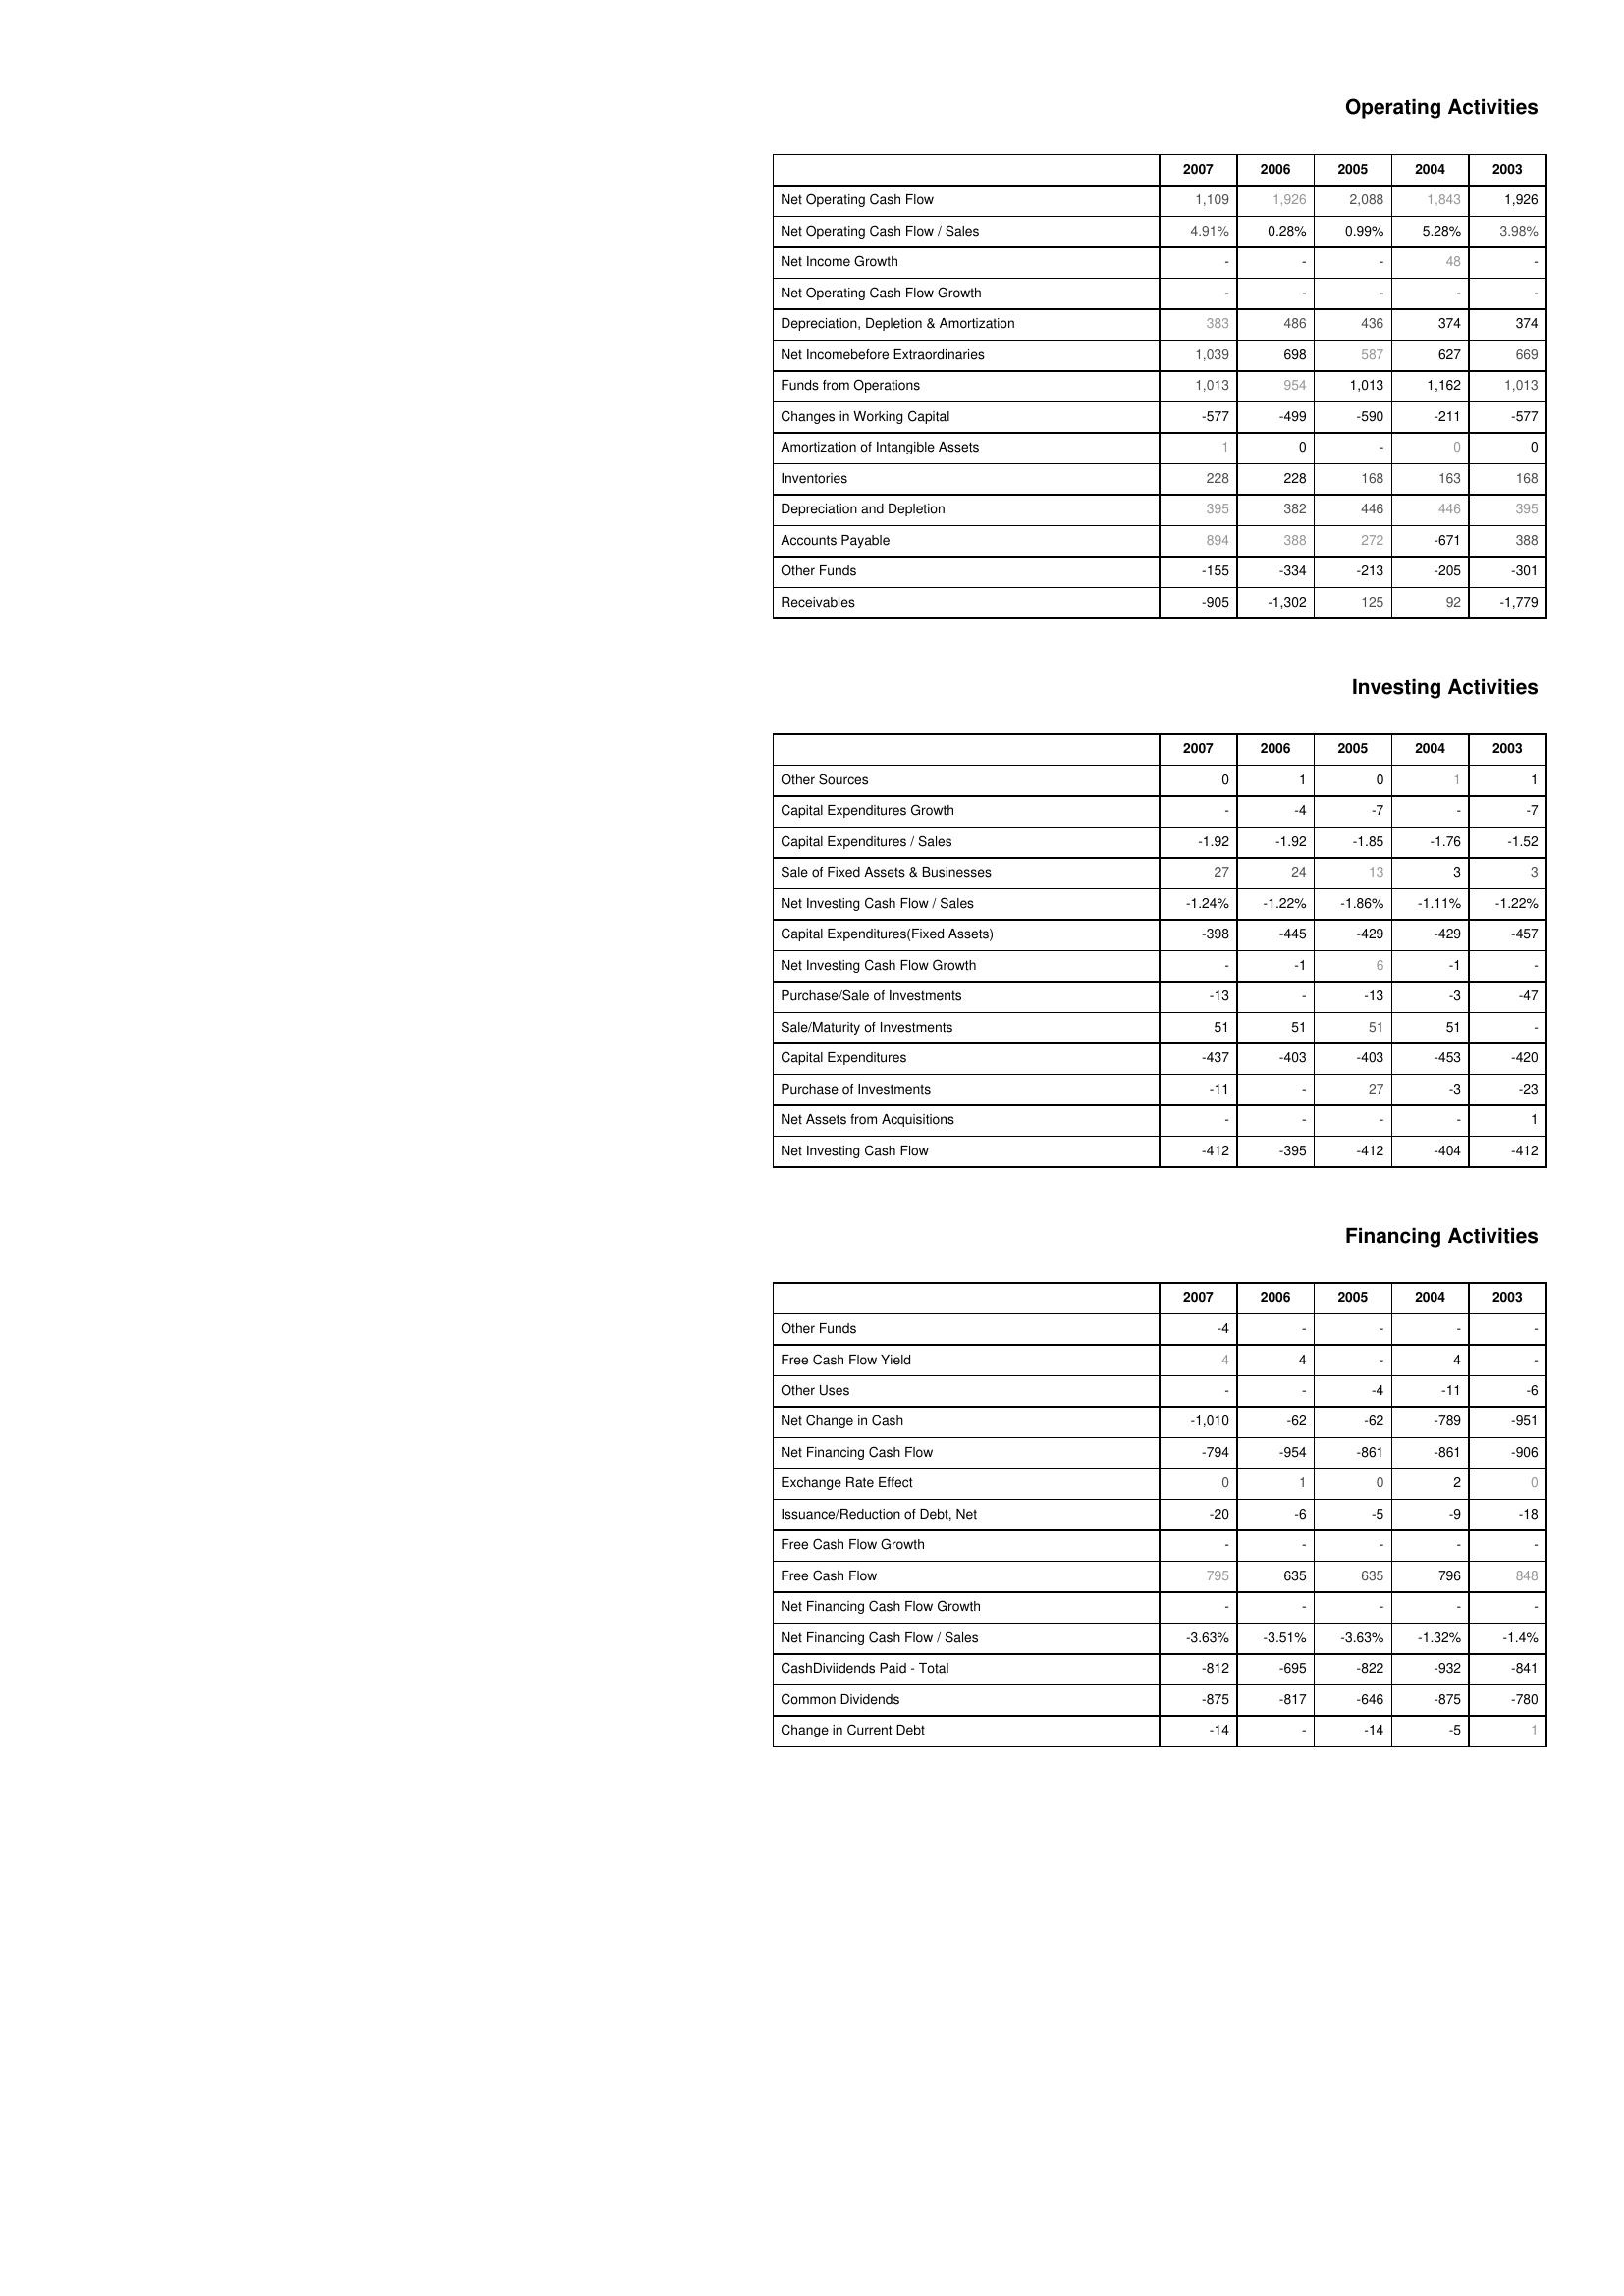
2007: Operating Activities: Net Operating Cash Flow: 1,109
Net Operating Cash Flow / Sales: 4.91%
Net Income Growth: -
Net Operating Cash Flow Growth: -
Depreciation, Depletion & Amortization: 383
Net Incomebefore Extraordinaries: 1,039
Funds from Operations: 1,013
Changes in Working Capital: -577
Amortization of Intangible Assets: 1
Inventories: 228
Depreciation and Depletion: 395
Accounts Payable: 894
Other Funds: -155
Receivables: -905
Investing Activities: Other Sources: 0
Capital Expenditures Growth: -
Capital Expenditures / Sales: -1.92
Sale of Fixed Assets & Businesses: 27
Net Investing Cash Flow / Sales: -1.24%
Capital Expenditures(Fixed Assets): -398
Net Investing Cash Flow Growth: -
Purchase/Sale of Investments: -13
Sale/Maturity of Investments: 51
Capital Expenditures: -437
Purchase of Investments: -11
Net Assets from Acquisitions: -
Net Investing Cash Flow: -412
Financing Activities: Other Funds: -4
Free Cash Flow Yield: 4
Other Uses: -
Net Change in Cash: -1,010
Net Financing Cash Flow: -794
Exchange Rate Effect: 0
Issuance/Reduction of Debt, Net: -20
Free Cash Flow Growth: -
Free Cash Flow: 795
Net Financing Cash Flow Growth: -
Net Financing Cash Flow / Sales: -3.63%
CashDiviidends Paid - Total: -812
Common Dividends: -875
Change in Current Debt: -14
2006: Operating Activities: Net Operating Cash Flow: 1,926
Net Operating Cash Flow / Sales: 0.28%
Net Income Growth: -
Net Operating Cash Flow Growth: -
Depreciation, Depletion & Amortization: 486
Net Incomebefore Extraordinaries: 698
Funds from Operations: 954
Changes in Working Capital: -499
Amortization of Intangible Assets: 0
Inventories: 228
Depreciation and Depletion: 382
Accounts Payable: 388
Other Funds: -334
Receivables: -1,302
Investing Activities: Other Sources: 1
Capital Expenditures Growth: -4
Capital Expenditures / Sales: -1.92
Sale of Fixed Assets & Businesses: 24
Net Investing Cash Flow / Sales: -1.22%
Capital Expenditures(Fixed Assets): -445
Net Investing Cash Flow Growth: -1
Purchase/Sale of Investments: -
Sale/Maturity of Investments: 51
Capital Expenditures: -403
Purchase of Investments: -
Net Assets from Acquisitions: -
Net Investing Cash Flow: -395
Financing Activities: Other Funds: -
Free Cash Flow Yield: 4
Other Uses: -
Net Change in Cash: -62
Net Financing Cash Flow: -954
Exchange Rate Effect: 1
Issuance/Reduction of Debt, Net: -6
Free Cash Flow Growth: -
Free Cash Flow: 635
Net Financing Cash Flow Growth: -
Net Financing Cash Flow / Sales: -3.51%
CashDiviidends Paid - Total: -695
Common Dividends: -817
Change in Current Debt: -
2005: Operating Activities: Net Operating Cash Flow: 2,088
Net Operating Cash Flow / Sales: 0.99%
Net Income Growth: -
Net Operating Cash Flow Growth: -
Depreciation, Depletion & Amortization: 436
Net Incomebefore Extraordinaries: 587
Funds from Operations: 1,013
Changes in Working Capital: -590
Amortization of Intangible Assets: -
Inventories: 168
Depreciation and Depletion: 446
Accounts Payable: 272
Other Funds: -213
Receivables: 125
Investing Activities: Other Sources: 0
Capital Expenditures Growth: -7
Capital Expenditures / Sales: -1.85
Sale of Fixed Assets & Businesses: 13
Net Investing Cash Flow / Sales: -1.86%
Capital Expenditures(Fixed Assets): -429
Net Investing Cash Flow Growth: 6
Purchase/Sale of Investments: -13
Sale/Maturity of Investments: 51
Capital Expenditures: -403
Purchase of Investments: 27
Net Assets from Acquisitions: -
Net Investing Cash Flow: -412
Financing Activities: Other Funds: -
Free Cash Flow Yield: -
Other Uses: -4
Net Change in Cash: -62
Net Financing Cash Flow: -861
Exchange Rate Effect: 0
Issuance/Reduction of Debt, Net: -5
Free Cash Flow Growth: -
Free Cash Flow: 635
Net Financing Cash Flow Growth: -
Net Financing Cash Flow / Sales: -3.63%
CashDiviidends Paid - Total: -822
Common Dividends: -646
Change in Current Debt: -14
2004: Operating Activities: Net Operating Cash Flow: 1,843
Net Operating Cash Flow / Sales: 5.28%
Net Income Growth: 48
Net Operating Cash Flow Growth: -
Depreciation, Depletion & Amortization: 374
Net Incomebefore Extraordinaries: 627
Funds from Operations: 1,162
Changes in Working Capital: -211
Amortization of Intangible Assets: 0
Inventories: 163
Depreciation and Depletion: 446
Accounts Payable: -671
Other Funds: -205
Receivables: 92
Investing Activities: Other Sources: 1
Capital Expenditures Growth: -
Capital Expenditures / Sales: -1.76
Sale of Fixed Assets & Businesses: 3
Net Investing Cash Flow / Sales: -1.11%
Capital Expenditures(Fixed Assets): -429
Net Investing Cash Flow Growth: -1
Purchase/Sale of Investments: -3
Sale/Maturity of Investments: 51
Capital Expenditures: -453
Purchase of Investments: -3
Net Assets from Acquisitions: -
Net Investing Cash Flow: -404
Financing Activities: Other Funds: -
Free Cash Flow Yield: 4
Other Uses: -11
Net Change in Cash: -789
Net Financing Cash Flow: -861
Exchange Rate Effect: 2
Issuance/Reduction of Debt, Net: -9
Free Cash Flow Growth: -
Free Cash Flow: 796
Net Financing Cash Flow Growth: -
Net Financing Cash Flow / Sales: -1.32%
CashDiviidends Paid - Total: -932
Common Dividends: -875
Change in Current Debt: -5
2003: Operating Activities: Net Operating Cash Flow: 1,926
Net Operating Cash Flow / Sales: 3.98%
Net Income Growth: -
Net Operating Cash Flow Growth: -
Depreciation, Depletion & Amortization: 374
Net Incomebefore Extraordinaries: 669
Funds from Operations: 1,013
Changes in Working Capital: -577
Amortization of Intangible Assets: 0
Inventories: 168
Depreciation and Depletion: 395
Accounts Payable: 388
Other Funds: -301
Receivables: -1,779
Investing Activities: Other Sources: 1
Capital Expenditures Growth: -7
Capital Expenditures / Sales: -1.52
Sale of Fixed Assets & Businesses: 3
Net Investing Cash Flow / Sales: -1.22%
Capital Expenditures(Fixed Assets): -457
Net Investing Cash Flow Growth: -
Purchase/Sale of Investments: -47
Sale/Maturity of Investments: -
Capital Expenditures: -420
Purchase of Investments: -23
Net Assets from Acquisitions: 1
Net Investing Cash Flow: -412
Financing Activities: Other Funds: -
Free Cash Flow Yield: -
Other Uses: -6
Net Change in Cash: -951
Net Financing Cash Flow: -906
Exchange Rate Effect: 0
Issuance/Reduction of Debt, Net: -18
Free Cash Flow Growth: -
Free Cash Flow: 848
Net Financing Cash Flow Growth: -
Net Financing Cash Flow / Sales: -1.4%
CashDiviidends Paid - Total: -841
Common Dividends: -780
Change in Current Debt: 1